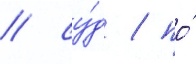
/ су́д / по́